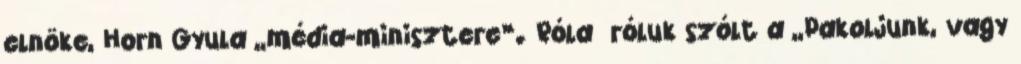
elnöke, Horn Gyula „média-minisztere”. Róla róluk szólt a „Pakoljunk, vagy